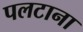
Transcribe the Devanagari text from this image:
पलटाना